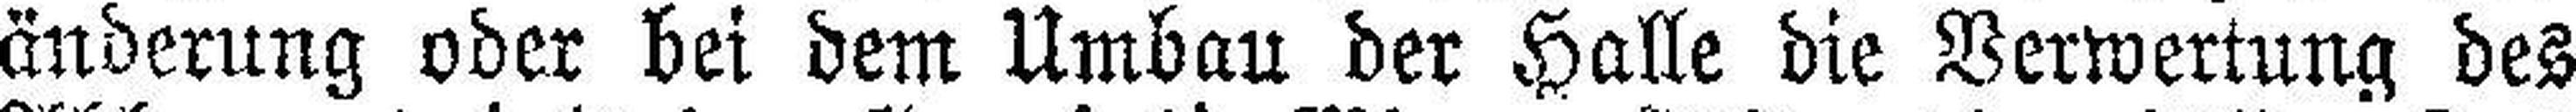
änderung oder bei dem Umbau der Halle die Verwertung des